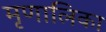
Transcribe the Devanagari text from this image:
मृणालिका